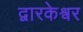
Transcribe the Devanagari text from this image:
द्वारकेश्वर